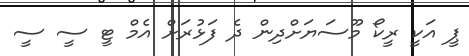
ޕީ އަކީ ރީކޯ މޫސަޔަށްދިން ދެ ފަޅުރަށް އެމް ޓީ ސީ ސީ